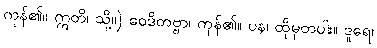
ကုန်၏။ ဣတိ၊ သို့။) ဝေဒိတဗ္ဗာ၊ ကုန်၏။ ပန၊ ထိုမှတပါး။ ဒူရေ၊